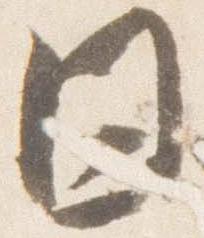
日